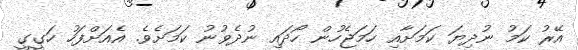
އޭރު ކަމު ނުދިޔަ ކަމަށާއި ހަމަޖެހުން ހޯދައި ނުދެވުނު ކަމަށެވެ. އެއަށްފަހު ހަގީގީ